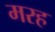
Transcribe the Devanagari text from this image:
मरह